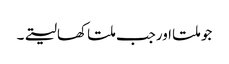
جو ملتا اورجب ملتا کھالیتے۔